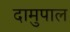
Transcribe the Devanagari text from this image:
दामुपाल